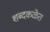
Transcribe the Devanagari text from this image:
शब्दकळेत